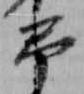
弔